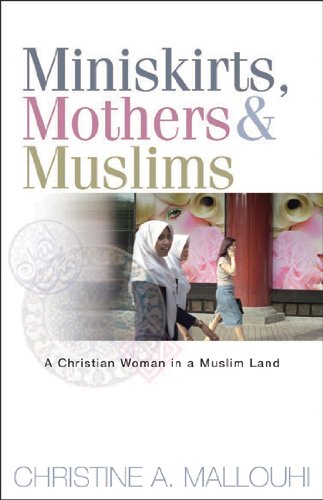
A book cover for Miniskirts, Mothers, and Muslims: A Christian Woman in a Muslim Land; Christine Mallouhi; Religion & Spirituality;